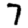
Digit: 7